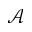
\mathcal A